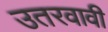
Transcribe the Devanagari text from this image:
उतरवावी